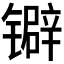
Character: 𬭽